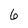
Character: 6